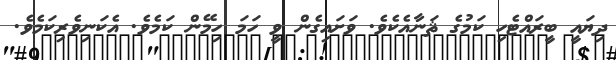
ދިޔައީ ބީރައްޓެހި ކަމުގެ ޘަނާއެކެވެ. ވަށައިގެން ވީ ހަމަ ހިމޭން ކަމެވެ. އެކަނިވެރިކަމެވެ.